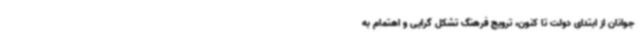
جوانان از ابتدای دولت تا کنون، ترویج فرهنگ تشکل گرایی و اهتمام به